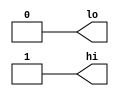
module tt_prim_tie #(
	parameter integer TIE_LO = 1,
	parameter integer TIE_HI = 1
)(
	output wire lo,
	output wire hi
);

	assign lo = TIE_LO ? 1'b0 : 1'bz;
	assign hi = TIE_HI ? 1'b1 : 1'bz;

endmodule